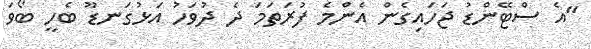
"އެ ސްޓޭންޑު ޖަހައިގެން އެންމެ ފުރަތަމަ ދެ ދުވަހު އަޅުގަނޑޫ ބެހީ ބޯވަ